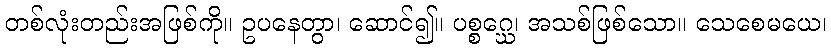
တစ်လုံးတည်းအဖြစ်ကို။ ဥပနေတွာ၊ ဆောင်၍။ ပစ္စဂ္ဃေ၊ အသစ်ဖြစ်သော။ သေစေမယေ၊